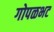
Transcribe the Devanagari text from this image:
गोपळभट